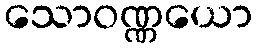
သောဝဏ္ဏယော